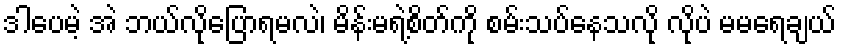
ဒါပေမဲ့ အဲ ဘယ်လိုပြောရမလဲ၊ မိန်းမရဲ့စိတ်ကို စမ်းသပ်နေသလို လိုပဲ မမရေချယ်